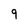
Character: 9